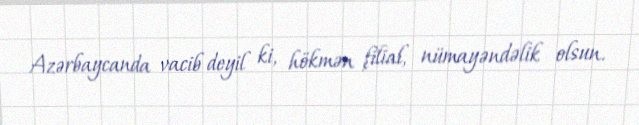
Azərbaycanda vacib deyil ki, hökmən filial, nümayəndəlik olsun.